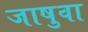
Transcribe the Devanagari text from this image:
जाषुवा